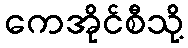
ကေအိုင်စီသို့